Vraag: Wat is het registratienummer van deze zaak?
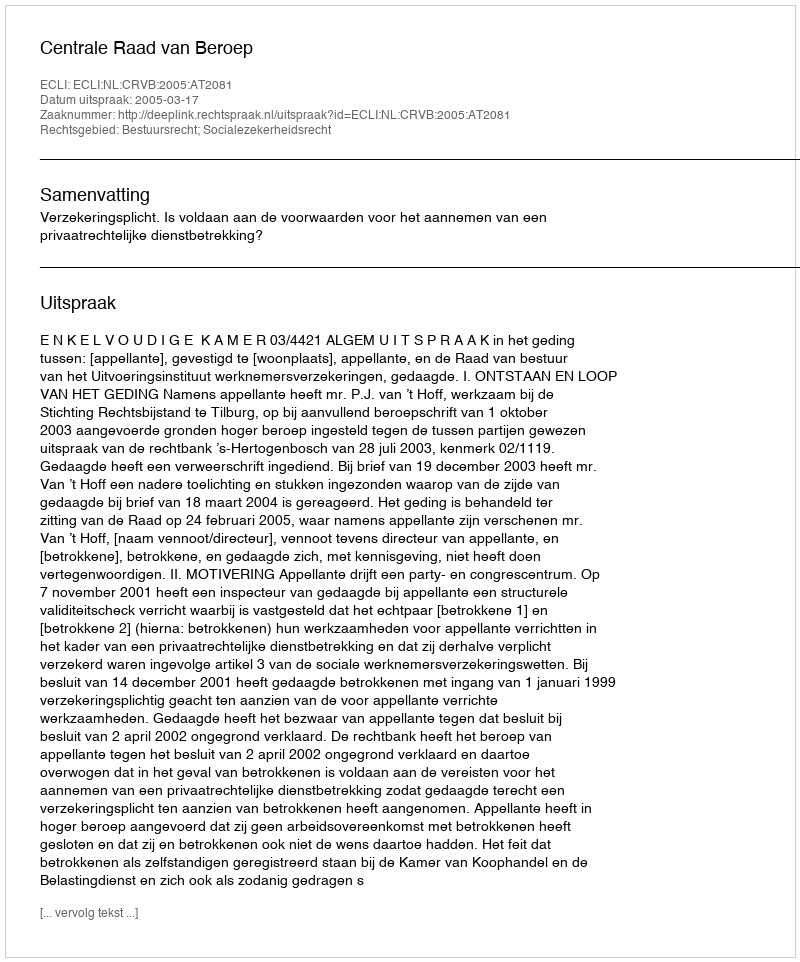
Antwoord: http://deeplink.rechtspraak.nl/uitspraak?id=ECLI:NL:CRVB:2005:AT2081